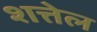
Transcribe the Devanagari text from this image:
शत्तेल